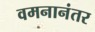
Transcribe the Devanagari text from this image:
वमनानंतर